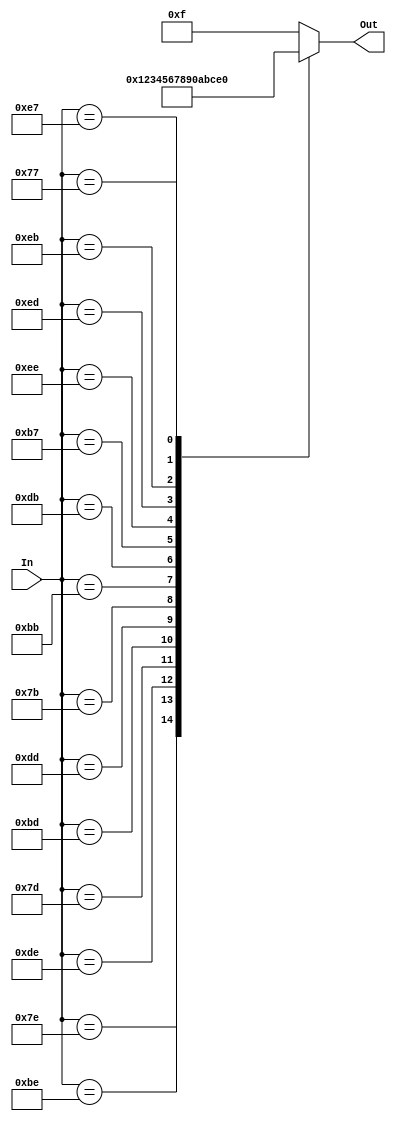
/* LUT para estados */
/* Dois primeiros digitos da entrada eh o estado anterior */
/* Dois bits seguintes sao as entradas da da calculadora */

module decFromKey (In, Out);
	input [7:0] In;
	output reg[3:0] Out;

	always @(*)	
		case (In)
			8'b01111110 : Out = 4'b0001;  
			8'b10111110 : Out = 4'b0010;
			8'b11011110 : Out = 4'b0011;
			
			8'b01111101 : Out = 4'b0100;
			8'b10111101 : Out = 4'b0101;
			8'b11011101 : Out = 4'b0110;
			
			8'b01111011 : Out = 4'b0111;
			8'b10111011 : Out = 4'b1000;
			8'b11011011 : Out = 4'b1001;
			
			8'b10110111 : Out = 4'b0000;
			
			8'b11101110 : Out = 4'b1010;
			8'b11101101 : Out = 4'b1011;
			8'b11101011 : Out = 4'b1100;
			8'b11100111 : Out = 4'b1101;
			
			8'b01110111 : Out = 4'b1110;
			8'b11010111 : Out = 4'b1111;

	
			default : Out = 4'b1111;
		endcase
		
endmodule